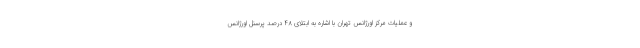
و عملیات مرکز اورژانس تهران با اشاره به ابتلای ۴۸ درصد پرسنل اورژانس